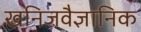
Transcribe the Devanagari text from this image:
खनिजवैज्ञानिक